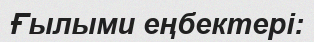
Ғылыми еңбектері: